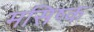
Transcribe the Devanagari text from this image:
मसिष्क